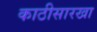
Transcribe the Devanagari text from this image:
काठीसारखा